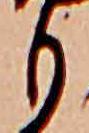
も